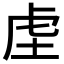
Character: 𮓛